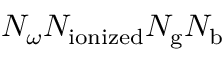
N _ { \omega } N _ { \mathrm { i o n i z e d } } N _ { \mathrm { g } } N _ { \mathrm { b } }